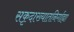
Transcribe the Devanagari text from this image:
सकृदाख्यातनिर्गाह्या